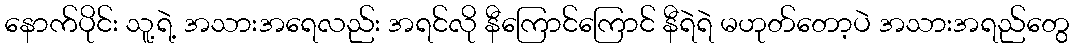
နောက်ပိုင်း သူ့ရဲ့ အသားအရေလည်း အရင်လို နီကြောင်ကြောင် နီရဲရဲ မဟုတ်တော့ပဲ အသားအရည်တွေ